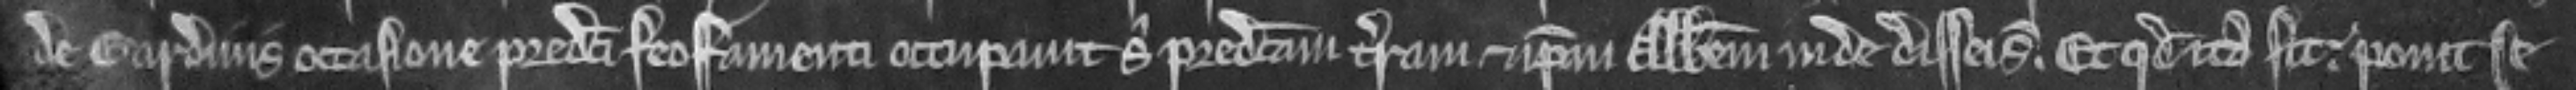
de Gardinis occasione predicti feoffamenti occupavit sibi predictam terram et ipsum Abbatem inde disseisivit. Et quod ita sit. ponit se